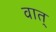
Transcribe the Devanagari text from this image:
वात्